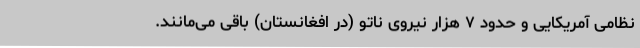
نظامی آمریکایی و حدود ۷ هزار نیروی ناتو (در افغانستان) باقی می‌مانند.